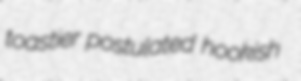
toastier postulated hookish